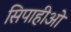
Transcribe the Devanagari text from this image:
सिपाहीओं